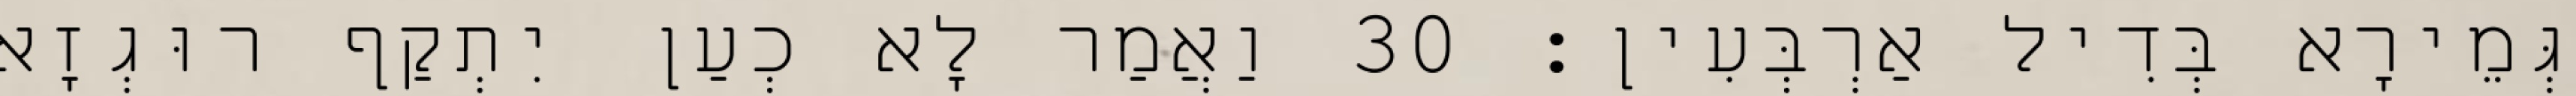
גְּמֵירָא בְּדִיל אַרְבְּעִין׃ 30 וַאֲמַר לָא כְעַן יִתְקַף רוּגְזָא